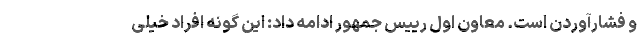
و فشارآوردن است. معاون اول رییس جمهور ادامه داد: این گونه افراد خیلی